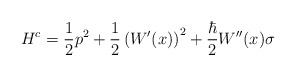
\begin{align*}H^c=\frac{1}{2}p^2+\frac{1}{2}\left(W'(x)\right)^2+\frac{\hbar}{2}W''(x)\sigma\end{align*}